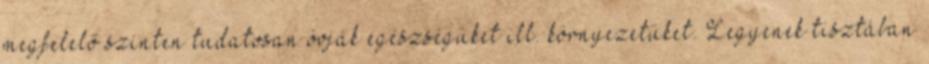
megfelelő szinten tudatosan óvják egészségüket ill. környezetüket. Legyenek tisztában